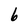
Character: 6